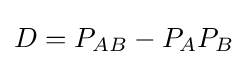
D=P_{AB}-P_{A}P_{B}